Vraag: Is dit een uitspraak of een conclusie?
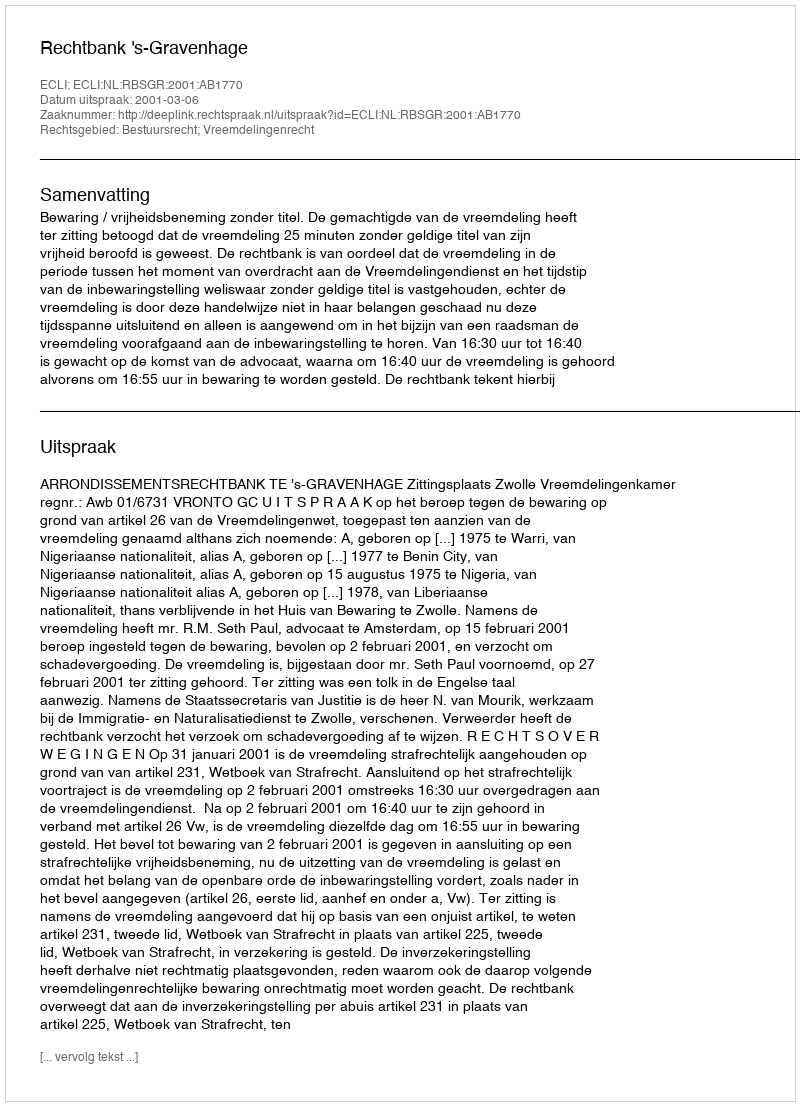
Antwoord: Uitspraak